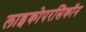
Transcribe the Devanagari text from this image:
लाइकोपरसिकॉन